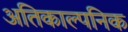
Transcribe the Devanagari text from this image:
अतिकाल्पनिक